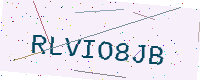
Text: RLVIO8JB